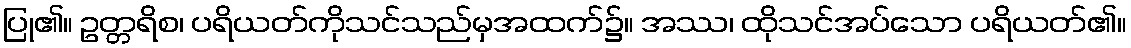
ပြု၏။ ဥတ္တရိစ၊ ပရိယတ်ကိုသင်သည်မှအထက်၌။ အဿ၊ ထိုသင်အပ်သော ပရိယတ်၏။